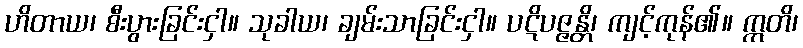
ဟိတာယ၊ စီးပွားခြင်းငှါ။ သုခါယ၊ ချမ်းသာခြင်းငှါ။ ပဋိပဇ္ဇန္တိ၊ ကျင့်ကုန်၏။ ဣတိ၊